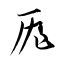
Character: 厖